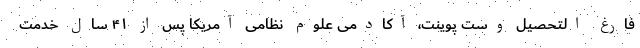
فارغ التحصیل وست ‌پوینت، آکادمی علوم نظامی آمریکا پس از ۴۱ سال خدمت